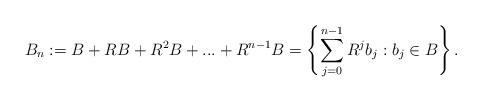
LaTeX: \begin{align*}B_n := B+RB+R^{2}B+...+R^{n-1}B = \left\{\sum_{j=0}^{n-1}R^jb_j: b_{j}\in B\right\}.\end{align*}